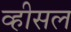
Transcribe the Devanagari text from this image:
व्हीसल